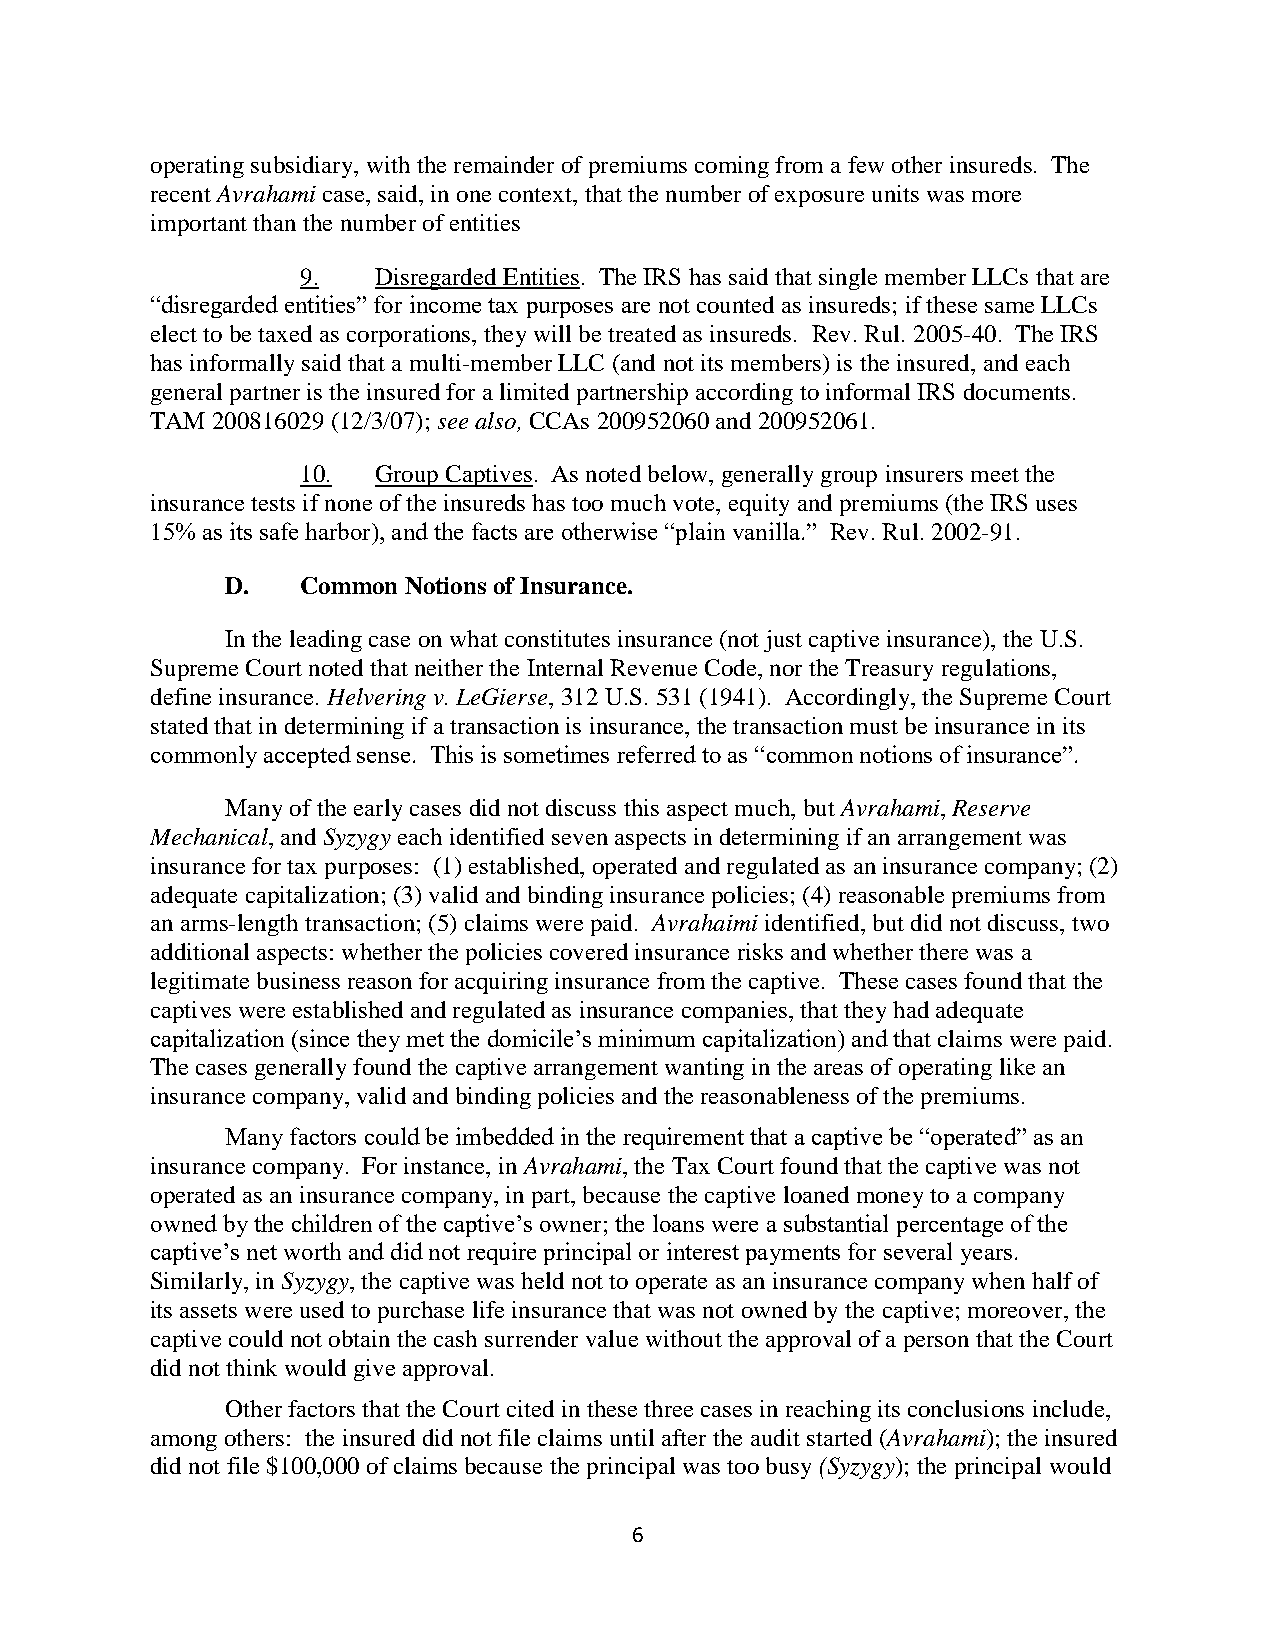
operating subsidiary, with the remainder of premiums coming from a few other insureds. The
 recent Avrahami case, said, in one context, that the number of exposure units was more
 important than the number of entities
 9.   Disregarded Entities. The IRS has said that single member LLCs that are
 “disregarded entities” for income tax purposes are not counted as insureds; if these same LLCs
 elect to be taxed as corporations, they will be treated as insureds. Rev. Rul. 2005-40. The IRS
 has informally said that a multi-member LLC (and not its members) is the insured, and each
 general partner is the insured for a limited partnership according to informal IRS documents.
 TAM 200816029 (12/3/07); see also, CCAs 200952060 and 200952061.
 10.  Group Captives. As noted below, generally group insurers meet the
 insurance tests if none of the insureds has too much vote, equity and premiums (the IRS uses
 15% as its safe harbor), and the facts are otherwise “plain vanilla.” Rev. Rul. 2002-91.
 D.   Common Notions of Insurance.
 In the leading case on what constitutes insurance (not just captive insurance), the U.S.
 Supreme Court noted that neither the Internal Revenue Code, nor the Treasury regulations,
 define insurance. Helvering v. LeGierse, 312 U.S. 531 (1941). Accordingly, the Supreme Court
 stated that in determining if a transaction is insurance, the transaction must be insurance in its
 commonly accepted sense. This is sometimes referred to as “common notions of insurance”.
 Many of the early cases did not discuss this aspect much, but Avrahami, Reserve
 Mechanical, and Syzygy each identified seven aspects in determining if an arrangement was
 insurance for tax purposes: (1) established, operated and regulated as an insurance company; (2)
 adequate capitalization; (3) valid and binding insurance policies; (4) reasonable premiums from
 an arms-length transaction; (5) claims were paid. Avrahaimi identified, but did not discuss, two
 additional aspects: whether the policies covered insurance risks and whether there was a
 legitimate business reason for acquiring insurance from the captive. These cases found that the
 captives were established and regulated as insurance companies, that they had adequate
 capitalization (since they met the domicile’s minimum capitalization) and that claims were paid.
 The cases generally found the captive arrangement wanting in the areas of operating like an
 insurance company, valid and binding policies and the reasonableness of the premiums.
 Many factors could be imbedded in the requirement that a captive be “operated” as an
 insurance company. For instance, in Avrahami, the Tax Court found that the captive was not
 operated as an insurance company, in part, because the captive loaned money to a company
 owned by the children of the captive’s owner; the loans were a substantial percentage of the
 captive’s net worth and did not require principal or interest payments for several years.
 Similarly, in Syzygy, the captive was held not to operate as an insurance company when half of
 its assets were used to purchase life insurance that was not owned by the captive; moreover, the
 captive could not obtain the cash surrender value without the approval of a person that the Court
 did not think would give approval.
 Other factors that the Court cited in these three cases in reaching its conclusions include,
 among others: the insured did not file claims until after the audit started (Avrahami); the insured
 did not file $100,000 of claims because the principal was too busy (Syzygy); the principal would
 6